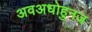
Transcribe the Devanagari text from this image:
अवअधोहुनज